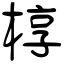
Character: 椁